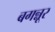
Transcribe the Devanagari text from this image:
बगन्नूर